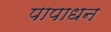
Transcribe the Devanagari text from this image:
पापाधन